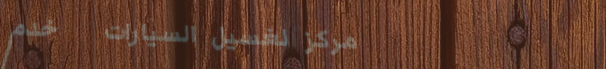
مركز لغسيل السيارات   خدم